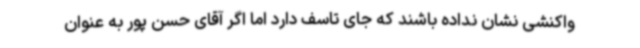
واکنشی نشان نداده باشند که جای تاسف دارد اما اگر آقای حسن پور به عنوان